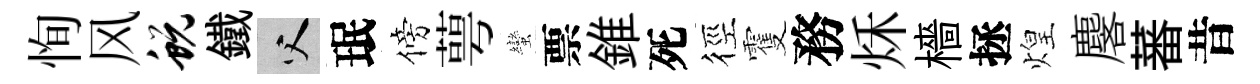
恂风蜕鐵父珉傍萼蠻票錐死徑䨥務秌檣拯煌麐蕃昔